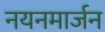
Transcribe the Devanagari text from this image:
नयनमार्जन